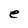
Character: e